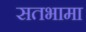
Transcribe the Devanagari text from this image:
सतभामा